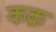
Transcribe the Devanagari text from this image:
कक्र